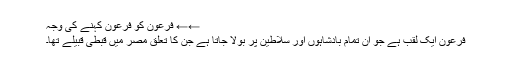
←← فرعون کو فرعون کہنے کی وجہ
فرعون ایک لقب ہے جو ان تمام بادشاہوں اور سلاطین پر بولا جاتا ہے جن کا تعلق مصر میں قبطی قبیلے تھا۔